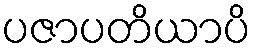
ပဇာပတိယာပိ